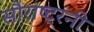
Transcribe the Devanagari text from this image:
सौराष्ट्रनी